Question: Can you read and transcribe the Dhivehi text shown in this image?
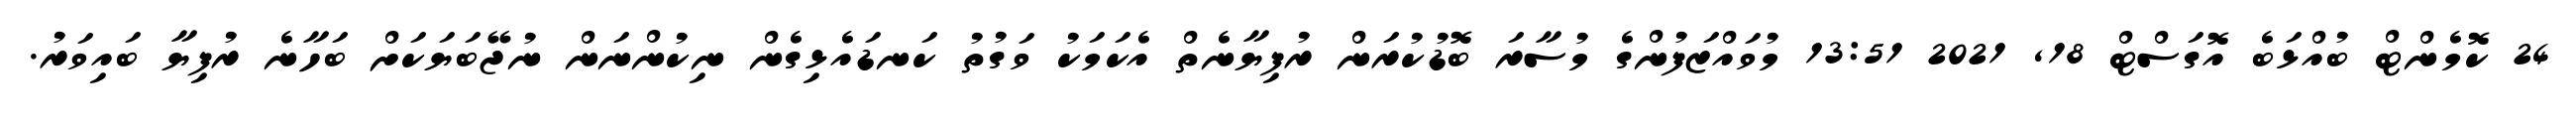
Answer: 24 ކޮމެންޓް ބުއްޅަބެ އޮގަސްޓް 18, 2021 13:51 މުވައްޒަފުންގެ މުސާރަ ބޮޑުކުރަން ރުފިޔާނެތް އެކަމަކު ވަގުތު ކަނޑައެޅިގެން ނިކުންނަން ނުޖޭބަޔަކަށް ބަހާނެ ރުފިޔާ ބައިވަރު.